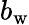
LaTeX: b_{\mathrm{w}}